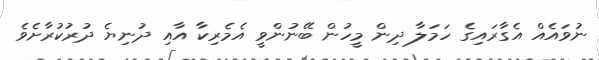
ނުވައެއް އެގާރައިގެ ހަމަލާ ދިން މީހުން ބޭނުންވީ އެމެރިކާ އާއި ދުނިޔެ ދުރުކުރާށެވެ